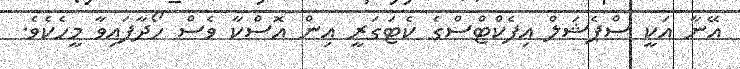
އޭނާ އަކީ ސްޕެޝަލް އިފެކްޓްސްގެ ކެޓަގަރީ އިން އޮސްކާ ވެސް ހޯދާފައިވާ މީހެކެވެ.